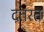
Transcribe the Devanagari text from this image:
दतरत